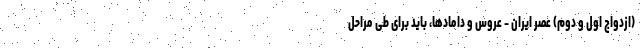
(ازدواج اول و دوم) عصر ایران - عروس و دامادها، باید برای طی مراحل